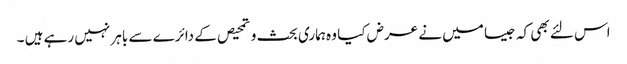
اس لئے بھی کہ جیسا میں نے عرض کیا وہ ہماری بحث و تمحیص کے دائرے سے باہر نہیں رہے ہیں ۔